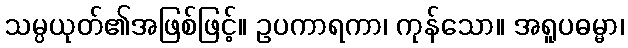
သမ္ပယုတ်၏အဖြစ်ဖြင့်။ ဥပကာရကာ၊ ကုန်သော။ အရူပဓမ္မာ၊